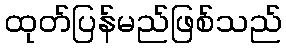
ထုတ်ပြန်မည်ဖြစ်သည်